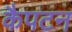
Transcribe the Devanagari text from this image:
कैपटन